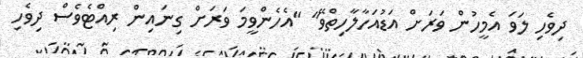
ދިވެހި ލަވަ އެމީހުން ވަރަށް އަޑުއަހާލާހިތްވޭ" "އެހެންވީމަ ވަރަށް ގިނައިން ރިއްޓެވެސް ދިވެހި